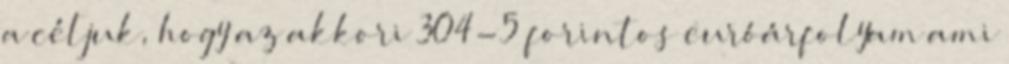
a céljuk, hogy az akkori 304-5 forintos euróárfolyam ami